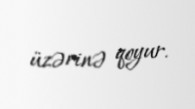
üzərinə qoyur.